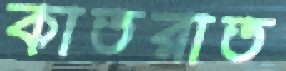
কাতরাত